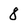
Character: 8